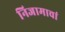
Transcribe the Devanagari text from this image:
निजामाचां